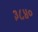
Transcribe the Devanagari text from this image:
३८४०